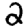
Digit: 2